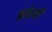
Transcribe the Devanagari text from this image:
फ्राठेल्ली